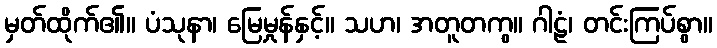
မှတ်ထိုက်၏။ ပံသုနာ၊ မြေမှုန်နှင့်။ သဟ၊ အတူတကွ။ ဂါဠံ၊ တင်းကြပ်စွာ။